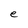
Character: e